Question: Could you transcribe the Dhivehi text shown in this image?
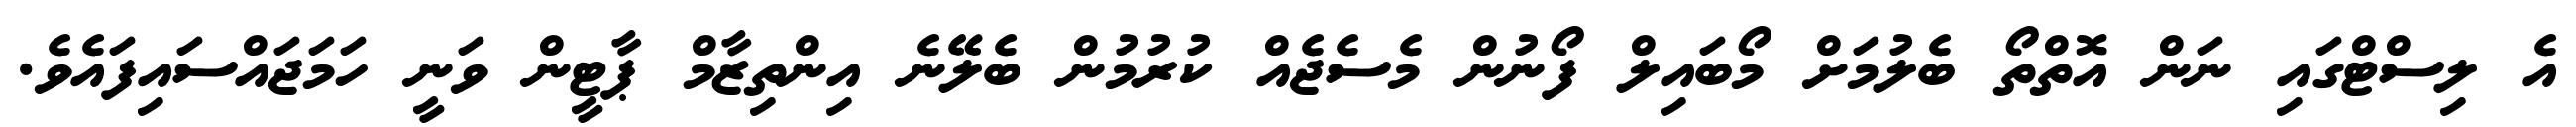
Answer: އެ ލިސްޓްގައި ނަން އޮތްތޯ ބެލުމަށް މޯބައިލް ފޯނުން މެސެޖެއް ކުރުމުން ބެލޭނެ އިންތިޒާމް ޕާޓީން ވަނީ ހަމަޖައްސައިފައެވެ.